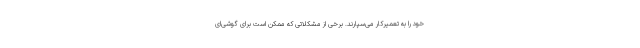
خود را به تعمیرکار می‌سپارند. برخی از مشکلاتی که ممکن است برای گوشی‌ای